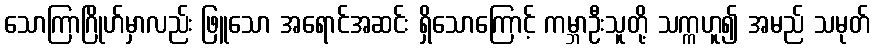
သောကြာဂြိုဟ်မှာလည်း ဖြူသော အရောင်အဆင်း ရှိသောကြောင့် ကမ္ဘာဦးသူတို့ သက္ကဟူ၍ အမည် သမုတ်